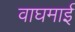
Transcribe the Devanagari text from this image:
वाघमाई